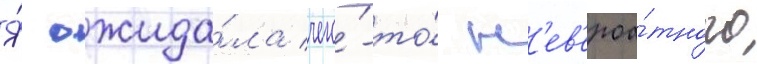
Я́ ожида́ла чего́-то́ н'ев'ероа́тного